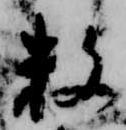
数